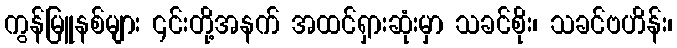
ကွန်မြူနစ်များ ၎င်းတို့အနက် အထင်ရှားဆုံးမှာ သခင်စိုး၊ သခင်ဗဟိန်း၊